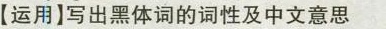
【运用】写出黑体词的词性及中文意思